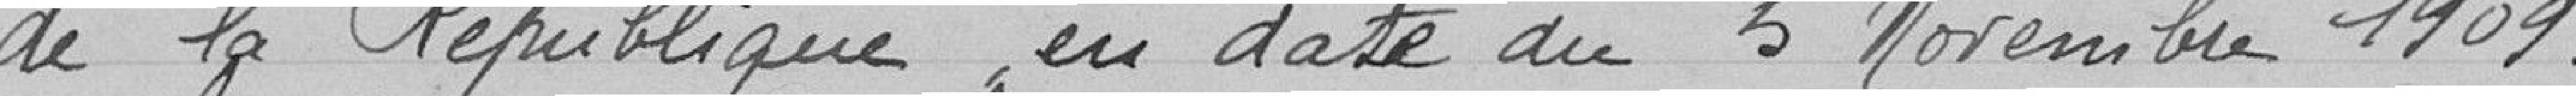
de la République en date du 5 Novembre 1909